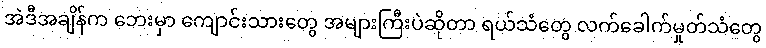
အဲဒီအချိန်က ဘေးမှာ ကျောင်းသားတွေ အများကြီးပဲဆိုတာ ရယ်သံတွေ လက်ခေါက်မှုတ်သံတွေ